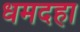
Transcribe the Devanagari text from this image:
धमदहा